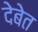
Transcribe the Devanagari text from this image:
देबेत